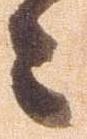
々